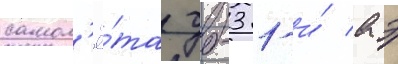
самол'ё́та дб-3 1-и́ аэ